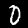
Digit: 0